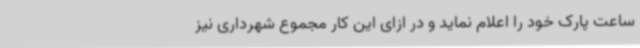
ساعت پارک خود را اعلام نماید و در ازای این کار مجموع شهرداری نیز